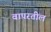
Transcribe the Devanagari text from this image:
वापरतील